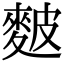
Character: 麬